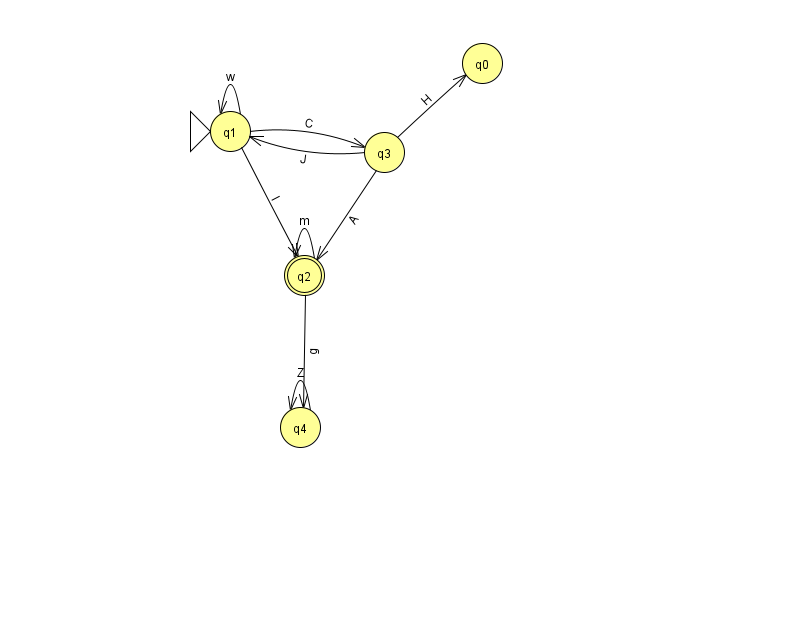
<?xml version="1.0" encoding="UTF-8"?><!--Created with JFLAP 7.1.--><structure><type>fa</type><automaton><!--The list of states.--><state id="0" name="q0"><x>482.0</x><y>50.0</y></state><state id="1" name="q1"><x>230.0</x><y>118.0</y><initial/></state><state id="2" name="q2"><x>304.0</x><y>262.0</y><final/></state><state id="3" name="q3"><x>384.0</x><y>139.0</y></state><state id="4" name="q4"><x>300.0</x><y>414.0</y></state><!--The list of transitions.--><transition><from>1</from><to>3</to><read>C</read></transition><transition><from>3</from><to>2</to><read>A</read></transition><transition><from>1</from><to>1</to><read>w</read></transition><transition><from>1</from><to>2</to><read>I</read></transition><transition><from>3</from><to>1</to><read>J</read></transition><transition><from>4</from><to>4</to><read>Z</read></transition><transition><from>2</from><to>2</to><read>m</read></transition><transition><from>3</from><to>0</to><read>H</read></transition><transition><from>2</from><to>4</to><read>g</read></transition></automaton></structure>